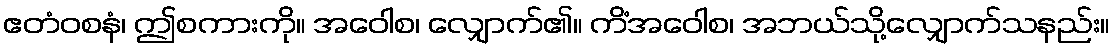
ဧတံဝစနံ၊ ဤစကားကို။ အဝေါစ၊ လျှောက်၏။ ကိံအဝေါစ၊ အဘယ်သို့လျှောက်သနည်း။